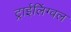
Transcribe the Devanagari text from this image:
ट्राईलिंग्वल